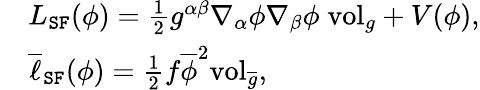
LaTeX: \begin{array}{rl}&{L_{\mathtt{SF}}(\phi)=\frac{1}{2}g^{\alpha\beta}\nabla_{\alpha}\phi\nabla_{\beta}\phi\; \mathrm{vol}_{g}+V(\phi),}\\ &{\overline{{\ell}}_{\mathtt{SF}}(\phi)=\frac{1}{2}f\overline{{\phi}}^{2}\mathrm{vol}_{\overline{{g}}},}\end{array}